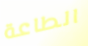
الطاعة